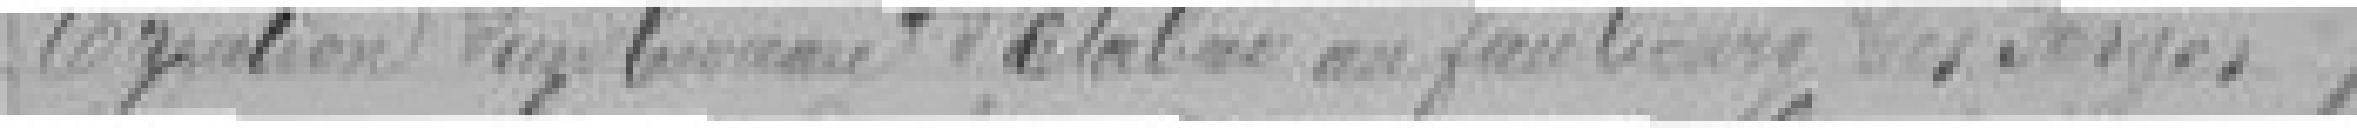
Création du bureau d'Eta? au faubourg des Forges